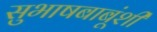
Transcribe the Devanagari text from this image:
सुभाषबाबूंशी